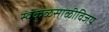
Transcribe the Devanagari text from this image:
स्वकुळसाळीविजय